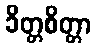
ခိတ္တစိတ္တာ